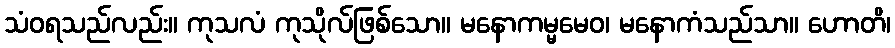
သံဝရသည်လည်း။ ကုသလံ ကုသိုလ်ဖြစ်သော။ မနောကမ္မမေဝ၊ မနောကံသည်သာ။ ဟောတိ၊